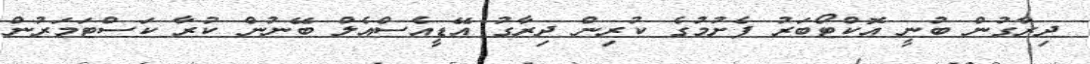
ދިރާގުން ބުނީ އޮކްޓޯބަރު ފެށުމުގެ ކުރިން ދިރާގު އޭޑީއެސްއެލް ބޭނުން ކުރާ ކަސްޓަމަރުން